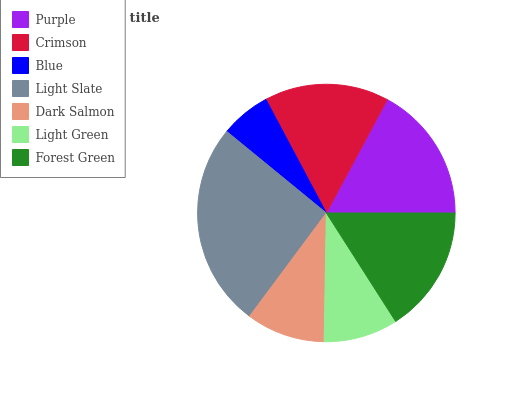
| Purple | Crimson | Blue | Light Slate | Dark Salmon | Light Green | Forest Green |
 | --- | --- | --- | --- | --- | --- | --- |
 | 17.2% | 15.6% | 6.3% | 25.8% | 9.9% | 9.32% | 15.9% |